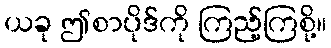
ယခု ဤစာပိုဒ်ကို ကြည့်ကြစို့။